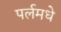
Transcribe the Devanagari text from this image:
पर्लमधे